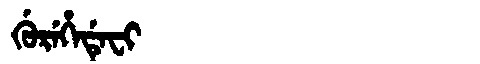
Manchu: ᡤᡠᡵᡝᡥᡝᡩᡝᠸᡳ
Romanization: GUREHEDEFI